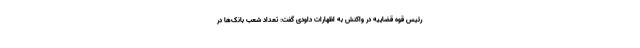
رئیس قوه قضاییه در واکنش به اظهارات داودی گفت: تعداد شعب بانک‌ها در